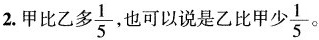
2.甲比乙多\frac{1}{5}也可以说是乙比甲少\frac{1}{5}。